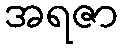
အရဇာ